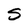
Character: S